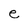
Character: e